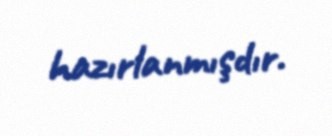
hazırlanmışdır.